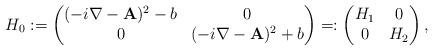
LaTeX: \begin{align*}H_{0} := \begin{pmatrix} (-i\nabla - \textbf{A})^{2} - b & 0 \\ 0 & (-i\nabla - \textbf{A})^{2} + b\end{pmatrix} =: \begin{pmatrix} H_{1} & 0 \\ 0 & H_{2}\end{pmatrix},\end{align*}